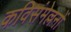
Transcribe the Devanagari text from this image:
कविसंमेल्लनों